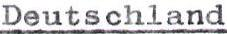
Deutschland